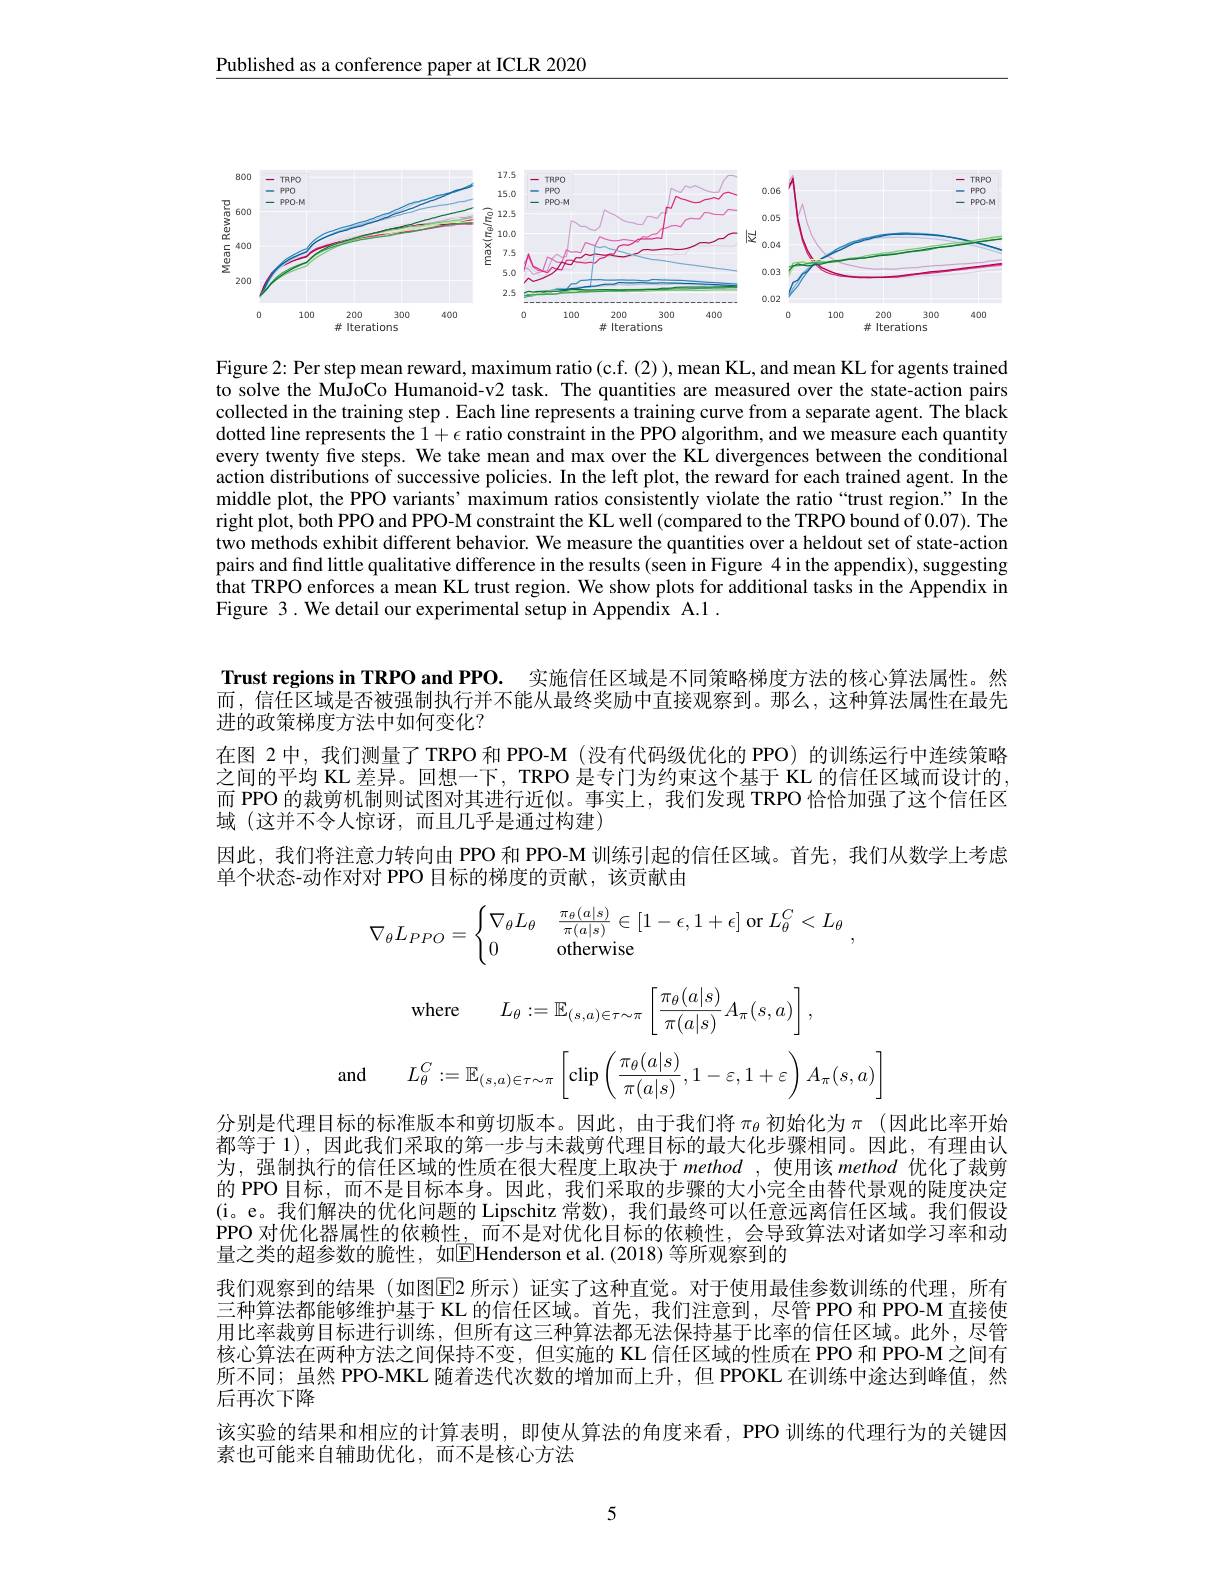
Published as a conference paper at ICLR 2020

<FigureHere>

Figure 2: Per step mean reward, maximum ratio (c.f. (2) ), mean KL, and mean KL for agents trained to solve the MuJoCo Humanoid-v2 task. The quantities are measured over the state-action pairs collected in the training step. Each line represents a training curve from a separate agent. The black dotted line represents the $1+\epsilon$ ratio constraint in the PPO algorithm, and we measure each quantity every twenty five steps. We take mean and max over the KL divergences between the conditional action distributions of successive policies. In the left plot, the reward for each trained agent. In the middle plot, the PPO variants’ maximum ratios consistently violate the ratio“trust region.” In the right plot, both PPO and PPO-M constraint the KL well (compared to the TRPO bound of 0.07). The two methods exhibit different behavior. We measure the quantities over a heldout set of state-action pairs and find little qualitative difference in the results (seen in Figure 4 in the appendix), suggesting that TRPO enforces a mean KL trust region. We show plots for additional tasks in the Appendix in Figure 3. We detail our experimental setup in Appendix A.1 .

Trust regions in TRPO and PPO. 实施信任区域是不同策略梯度方法的核心算法属性。然而，信任区域是否被强制执行并不能从最终奖励中直接观察到。那么，这种算法属性在最先进的政策梯度方法中如何变化？
在图 2中，我们测量了 TRPO 和 PPO-M (没有代码级优化的 PPO) 的训练运行中连续策略之间的平均 KL 差异。回想一下，TRPO 是专门为约束这个基于 KL 的信任区域而设计的. 而 PPO 的裁剪机制则试图对其进行近似。事实上，我们发现 TRPO 恰恰加强了这个信任区域 (这并不令人惊讶，而且几乎是通过构建)
因此，我们将注意力转向由 PPO 和 PPO-M 训练引起的信任区域。首先，我们从数学上考虑
单个状态-动作对对 PPO 目标的梯度的贡献，该贡献由
$$\nabla_\theta L_{PPO}=\begin{cases}\nabla_\theta L_\theta&\frac{\pi_\theta(a|s)}{\pi(a|s)}\in[1-\epsilon,1+\epsilon]\text{or}L_\theta^C<L_\theta\\0&\text{otherwise}\end{cases},$$
$$\text{where}\quad L_\theta:=\mathbb{E}_{(s,a)\in\tau\sim\pi}\left[\frac{\pi_\theta(a|s)}{\pi(a|s)}A_\pi(s,a)\right],$$
$$\text{and}\quad L_\theta^C:=\mathbb{E}_{(s,a)\in\tau\sim\pi}\left[\text{clip}\left(\frac{\pi_\theta(a|s)}{\pi(a|s)},1-\varepsilon,1+\varepsilon\right)A_\pi(s,a)\right]$$
分别是代理目标的标准版本和剪切版本。因此，由于我们将$\pi_{\theta}$初始化为$\pi$ (因此比率开始都等于 1),因此我们采取的第一步与未裁剪代理目标的最大化步骤相同。因此，有理由认为，强制执行的信任区域的性质在很大程度上取决于 method ,使用该 method 优化了裁剪的 PPO 目标，而不是目标本身。因此，我们采取的步骤的大小完全由替代景观的陡度决定(i。e。我们解决的优化问题的 Lipschitz 常数), 我们最终可以任意远离信任区域。我们假设PPO 对优化器属性的依赖性，而不是对优化目标的依赖性，会导致算法对诸如学习率和动量之类的超参数的脆性，如$\boxed{\mathrm{E}}$Henderson et al.(2018) 等所观察到的
我们观察到的结果 (如图$\overline{\mathrm{E}}$2 所示)证实了这种直觉。对于使用最佳参数训练的代理，所有三种算法都能够维护基于 KL 的信任区域。首先，我们注意到，尽管 PPO 和 PPO-M 直接使用比率裁剪目标进行训练，但所有这三种算法都无法保持基于比率的信任区域。此外，尽管核心算法在两种方法之间保持不变，但实施的 KL 信任区域的性质在 PPO 和 PPO-M 之间有所不同；虽然 PPO-MKL 随着迭代次数的增加而上升，但 PPOKL 在训练中途达到峰值，然后再次下降
该实验的结果和相应的计算表明，即使从算法的角度来看，PPO 训练的代理行为的关键因
素也可能来自辅助优化，而不是核心方法

5